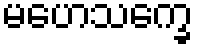
မဟေသက္ခေ